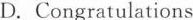
D.Congratulations